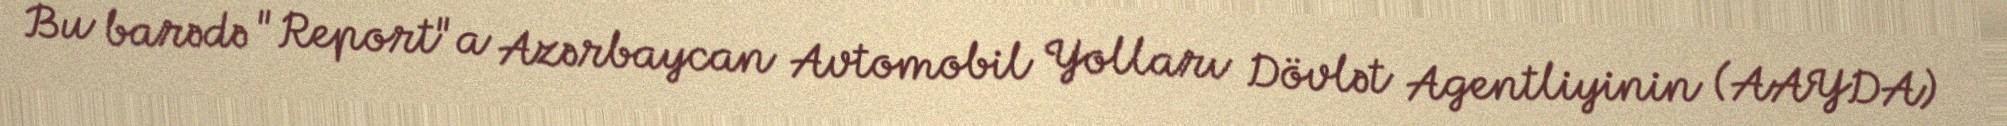
Bu barədə "Report"a Azərbaycan Avtomobil Yolları Dövlət Agentliyinin (AAYDA)